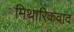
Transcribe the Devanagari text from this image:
मिथारिकवाद